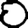
Digit: 0